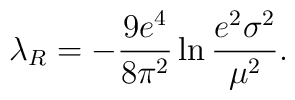
\lambda_{R}=-\frac{9e^{4}}{8\pi^{2}}\ln\frac{e^{2}\sigma^{2}}{\mu^{2}}.